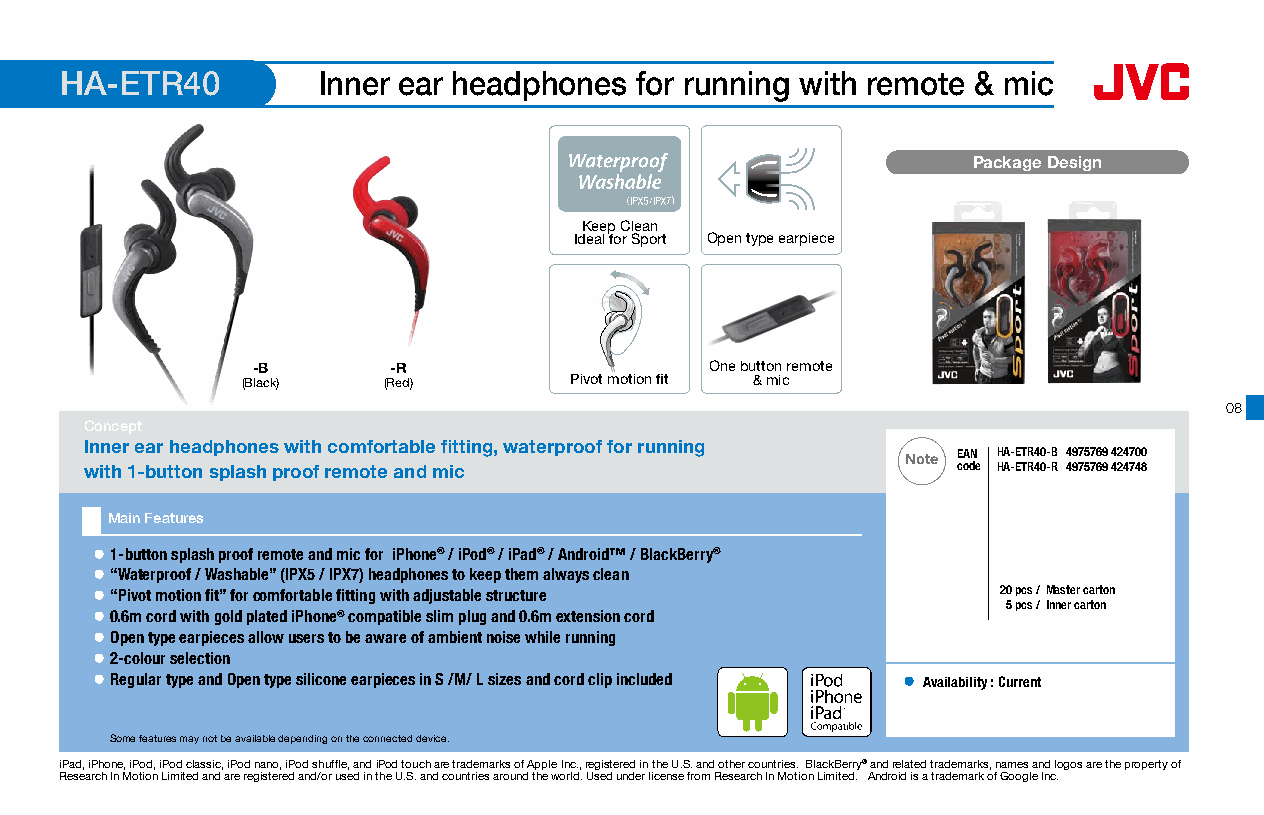
HA-ETR40         Inner ear headphones for running with remote & mic
 Package Design
 Keep Clean
 Ideal for Sport Open type earpiece
 -B       -R                   One button remote
 (Black)  (Red)        Pivot motion fit & mic
 08
 Concept
 Inner ear headphones with comfortable fitting, waterproof for running
 Note EEAANN HA-ETR40-B 4975769 424700
 with 1-button splash proof remote and mic                ccooddee HA-ETR40-R 4975769 424748
 Main Features
 ● 1-button splash proof remote and mic for iPhone® / iPod® / iPad® / Android™ / BlackBerry®
 ● “Waterproof / Washable” (IPX5 / IPX7) headphones to keep them always clean
 ● “Pivot motion fit” for comfortable fitting with adjustable structure 2200 ppccss //MMaasstteerr ccaarrttoonn
 55 ppccss // IInnnneerr ccaarrttoonn
 ● 0.6m cord with gold plated iPhone® compatible slim plug and 0.6m extension cord
 ● Open type earpieces allow users to be aware of ambient noise while running
 ● 2-colour selection
 ● Regular type and Open type silicone earpieces in S /M/ L sizes and cord clip included ● Availability : Current
 16 x 16mm
 Some features may not be available depending on the connected device.
 iPad, iPhone, iPod, iPod classic, iPod nano, iPod shuffle, and iPod touch are trademarks of Apple Inc., registered in the U.S. and other countries. BlackBerry® and related trademarks, names and logos are the property of
 Research In Motion Limited and are registered and/or used in the U.S. and countries around the world. Used under license from Research In Motion Limited. Android is a trademark of Google Inc.